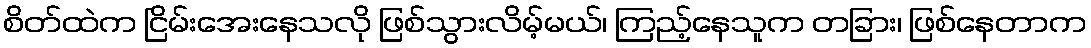
စိတ်ထဲက ငြိမ်းအေးနေသလို ဖြစ်သွားလိမ့်မယ်၊ ကြည့်နေသူက တခြား၊ ဖြစ်နေတာက